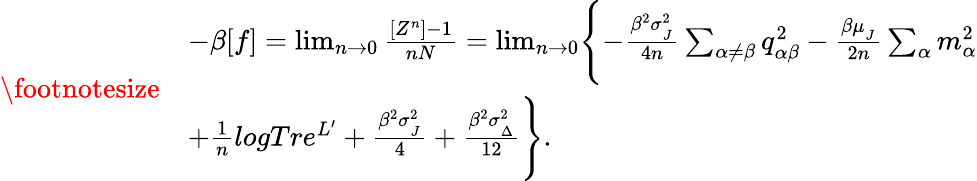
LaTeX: {\footnotesize\begin{array}{rl}&{-\beta[f]=\operatorname*{lim}_{n\rightarrow 0}\frac{[Z^{n}]-1}{nN}=\operatorname*{lim}_{n\rightarrow 0}\Biggl\{ -\frac{\beta^{2}\sigma_{_{J}}^{2}}{4n}\sum_{\alpha\neq\beta}q_{\alpha\beta}^{2}-\frac{\beta\mu_{_{J}}}{2n}\sum_{\alpha}m_{\alpha}^{2}}\\ &{+\frac{1}{n}logTre^{L^{\prime}}+\frac{\beta^{2}\sigma_{_{J}}^{2}}{4}+\frac{\beta^{2}\sigma_{_{\Delta}}^{2}}{12}\Biggr\} .}\end{array}}